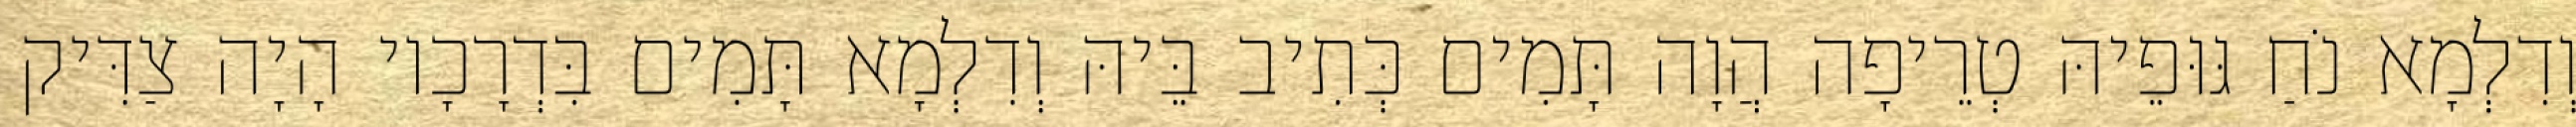
וְדִלְמָא נֹחַ גּוּפֵיהּ טְרֵיפָה הֲוָה תָּמִים כְּתִיב בֵּיהּ וְדִלְמָא תָּמִים בִּדְרָכָיו הָיָה צַדִּיק